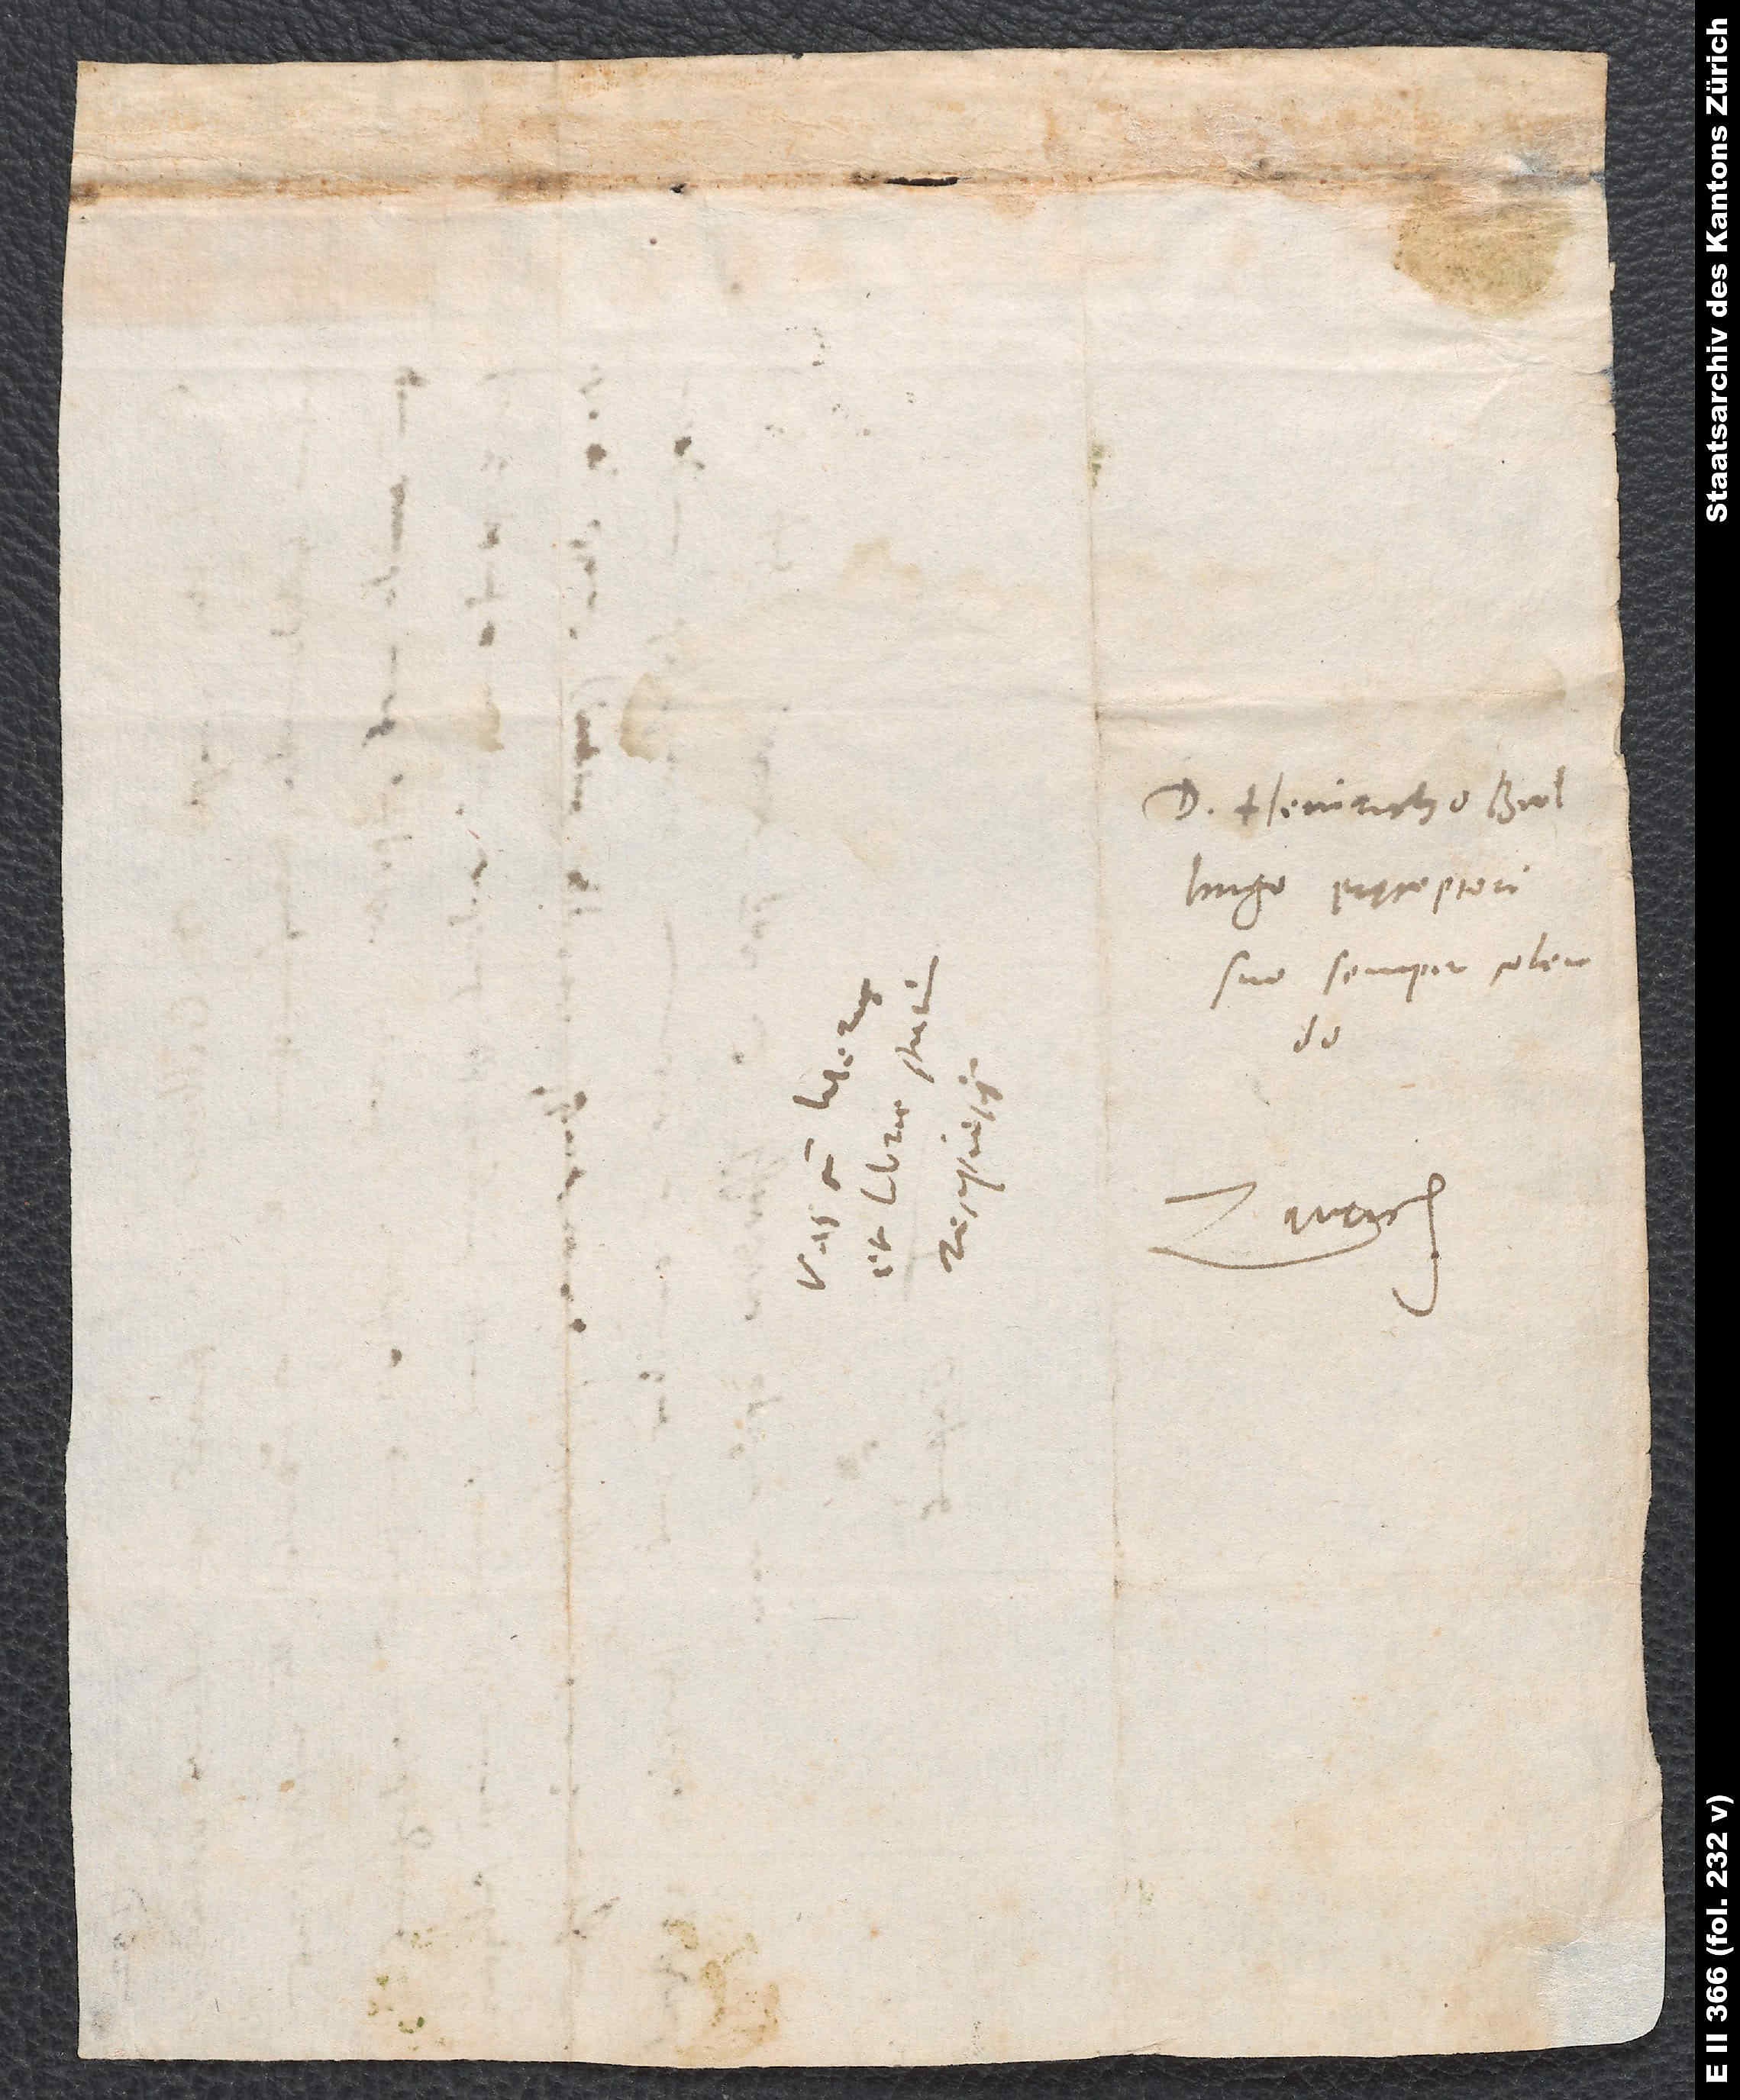
D. Heinricho
Bullingero, pręceptori
suo semper colendo.
Zurich.